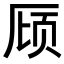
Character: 𪠌